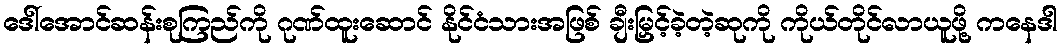
ဒေါ်အောင်ဆန်းစုကြည်ကို ဂုဏ်ထူးဆောင် နိုင်ငံသားအဖြစ် ချီးမြှင့်ခဲ့တဲ့ဆုကို ကိုယ်တိုင်လာယူဖို့ ကနေဒါ